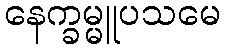
နေက္ခမ္မူပသမေ